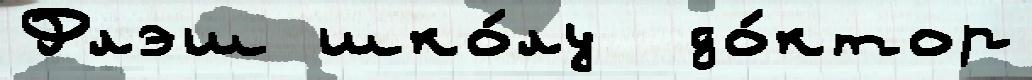
Флэш шко́лу  до́ктор